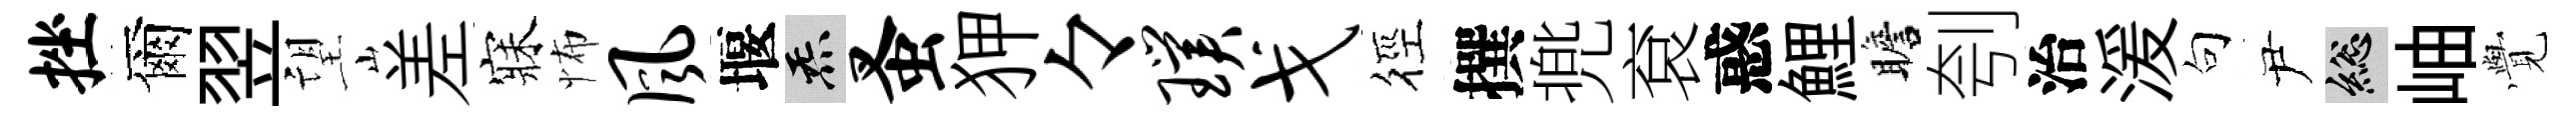
挫爾翌望差寐怖风堰炁蚤狎々璞戈徑撰兠袞惑鯉瞻刳治湲句尹總岫𮗜